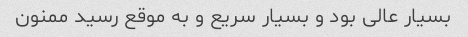
بسیار عالی بود و بسیار سریع و به موقع رسید ممنون